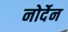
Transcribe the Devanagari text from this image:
नोर्देन